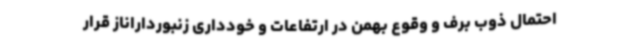
احتمال ذوب برف و وقوع بهمن در ارتفاعات و خودداری زنبورداراناز قرار